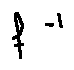
f ^ { - 1 }